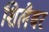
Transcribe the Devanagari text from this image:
शिलैबर